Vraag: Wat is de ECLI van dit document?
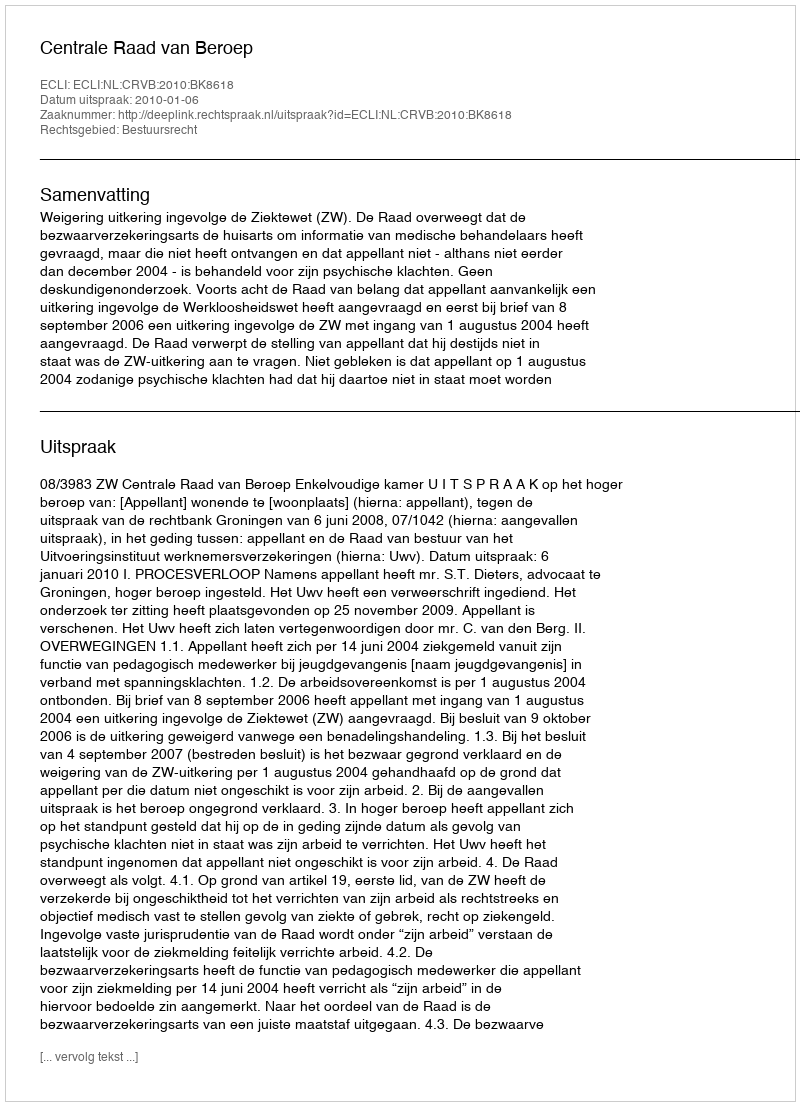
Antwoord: ECLI:NL:CRVB:2010:BK8618